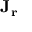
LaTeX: \mathbf { J } _ { \mathbf { r } }